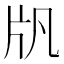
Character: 𤖫